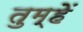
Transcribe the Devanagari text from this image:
तुम्हेें